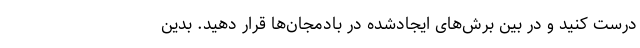
درست کنید و در بین برش‌های ایجادشده در بادمجان‌ها قرار دهید. بدین